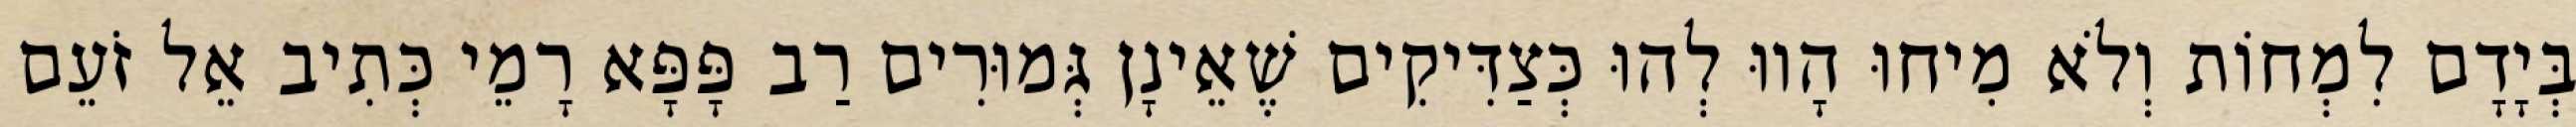
בְּיָדָם לִמְחוֹת וְלֹא מִיחוּ הָווּ לְהוּ כְּצַדִּיקִים שֶׁאֵינָן גְּמוּרִים רַב פָּפָּא רָמֵי כְּתִיב אֵל זֹעֵם